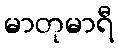
မာတုမာရီ